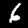
Digit: 6